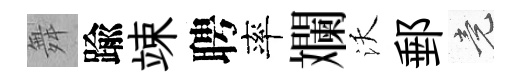
舞踰竦聘率斕沃郵竟